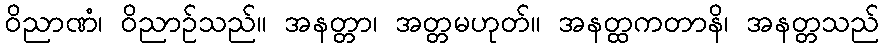
ဝိညာဏံ၊ ဝိညာဉ်သည်။ အနတ္တာ၊ အတ္တမဟုတ်။ အနတ္ထကတာနိ၊ အနတ္တသည်